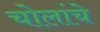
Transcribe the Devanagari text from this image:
चोलांचे